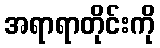
အရာရာတိုင်းကို